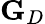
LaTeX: \mathbf{G}_{D}